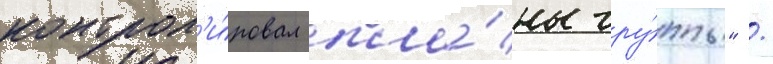
контрол'и́ровал пла́ны гру́ппы" /